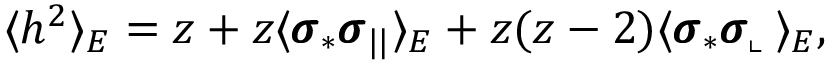
\langle h ^ { 2 } \rangle _ { E } = z + z \langle \pmb { \sigma } _ { * } \pmb { \sigma } _ { | | } \rangle _ { E } + z ( z - 2 ) \langle \pmb { \sigma } _ { * } \pmb { \sigma } _ { \llcorner } \rangle _ { E } ,